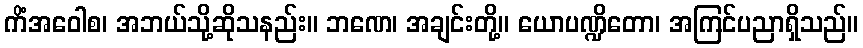
ကိံအဝေါစ၊ အဘယ်သို့ဆိုသနည်း။ ဘဏေ၊ အချင်းတို့။ ယောပဏ္ဍိတော၊ အကြင်ပညာရှိသည်။